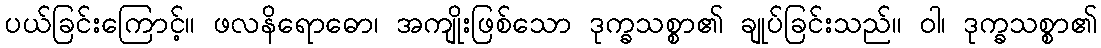
ပယ်ခြင်းကြောင့်။ ဖလနိရောဓော၊ အကျိုးဖြစ်သော ဒုက္ခသစ္စာ၏ ချုပ်ခြင်းသည်။ ဝါ၊ ဒုက္ခသစ္စာ၏